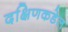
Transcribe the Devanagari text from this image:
दक्षिणकडेल